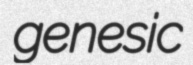
genesic